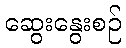
ဆွေးနွေးစဉ်